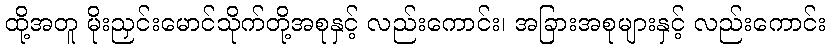
ထို့အတူ မိုးညှင်းမောင်သိုက်တို့အစုနှင့် လည်းကောင်း၊ အခြားအစုများနှင့် လည်းကောင်း